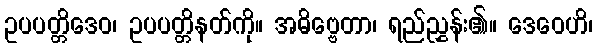
ဥပပတ္တိဒေဝ၊ ဥပပတ္တိနတ်ကို။ အဓိဗ္ဗေတာ၊ ရည်ညွှန်း၏။ ဒေဝေဟိ၊